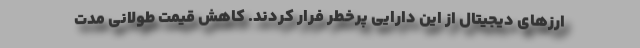
ارزهای دیجیتال از این دارایی پرخطر فرار کردند. کاهش قیمت طولانی مدت